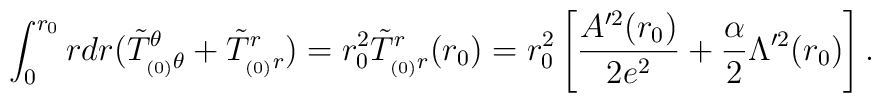
\int_0^{r_0} r dr (\tilde T^{\theta}_{_{(0)} \theta}+\tilde T^r_{_{(0)}r})= r_0^2 \tilde T^r_{_{(0)}r}(r_0) = r_0^2\left[\frac{A'^2(r_0)}{2 e^2} + \frac{\alpha}{2} \Lambda'^2(r_0)\right] . 